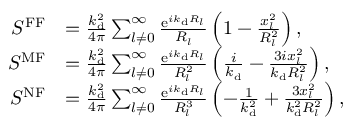
\begin{array} { r l } { S ^ { \mathrm { F F } } } & { = \frac { k _ { \mathrm { d } } ^ { 2 } } { 4 \pi } \sum _ { l \neq 0 } ^ { \infty } \frac { \mathrm { e } ^ { i k _ { \mathrm { d } } R _ { l } } } { R _ { l } } \left( 1 - \frac { x _ { l } ^ { 2 } } { R _ { l } ^ { 2 } } \right) , } \\ { S ^ { \mathrm { M F } } } & { = \frac { k _ { \mathrm { d } } ^ { 2 } } { 4 \pi } \sum _ { l \neq 0 } ^ { \infty } \frac { \mathrm { e } ^ { i k _ { \mathrm { d } } R _ { l } } } { R _ { l } ^ { 2 } } \left( \frac { i } { k _ { \mathrm { d } } } - \frac { 3 i x _ { l } ^ { 2 } } { k _ { \mathrm { d } } R _ { l } ^ { 2 } } \right) , } \\ { S ^ { \mathrm { N F } } } & { = \frac { k _ { \mathrm { d } } ^ { 2 } } { 4 \pi } \sum _ { l \neq 0 } ^ { \infty } \frac { \mathrm { e } ^ { i k _ { \mathrm { d } } R _ { l } } } { R _ { l } ^ { 3 } } \left( - \frac { 1 } { k _ { \mathrm { d } } ^ { 2 } } + \frac { 3 x _ { l } ^ { 2 } } { k _ { \mathrm { d } } ^ { 2 } R _ { l } ^ { 2 } } \right) , } \end{array}